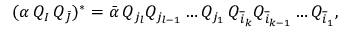
( \alpha \, Q _ { I } \, Q _ { \bar { J } } ) ^ { * } = { \bar { \alpha } } \, Q _ { j _ { l } } Q _ { j _ { l - 1 } } \ldots Q _ { j _ { 1 } } \, Q _ { { \overline { { i } } _ { k } } } Q _ { { \overline { { i } } _ { k - 1 } } } \ldots Q _ { { \overline { { i } } _ { 1 } } } ,